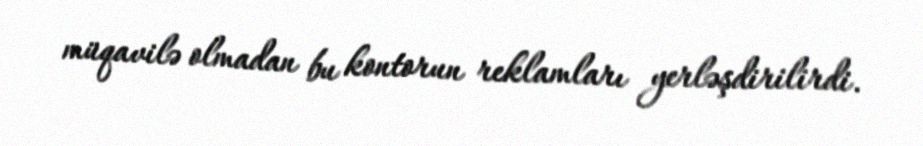
müqavilə olmadan bu kontorun reklamları yerləşdirilirdi.